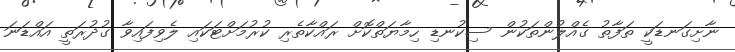
ނާށިގަނޑަކީ ތަފާތު ގެއްލުންތަކުން ސިކުނޑި ހިމާޔަތްކޮށް ރައްކާތެރި ކުރުމަށްޓަކައި ލެވިފައިވާ ގުދުރަތީ އައްޑަނަ